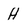
Character: H